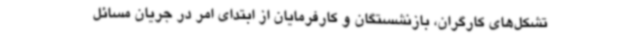
تشکل‌های کارگران، بازنشستگان و کارفرمایان از ابتدای امر در جریان مسائل